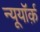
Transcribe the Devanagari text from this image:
न्यूयॉर्क़